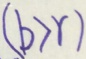
( b > r )